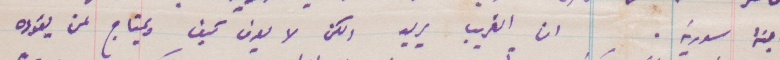
ابنة سوريا. ان الغريب يريد ولكن لا يعرف كيف ويحتاج لمن يقوده